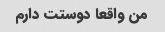
من واقعا دوستت دارم